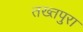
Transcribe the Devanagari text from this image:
तख्तपुरा